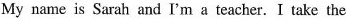
My name is Sarah and I'm a teacher.I take the